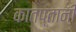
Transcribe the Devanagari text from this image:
कातप्तानी